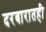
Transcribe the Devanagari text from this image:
दरबारातही